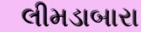
લીમડાબારા